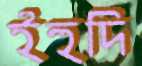
ইহুদি